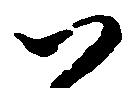
以